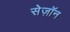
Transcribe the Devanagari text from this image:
सेज़ॉन